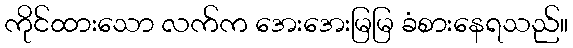
ကိုင်ထားသော လက်က အေးအေးမြမြ ခံစားနေရသည်။